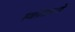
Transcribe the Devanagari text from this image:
स्वंतत्रपणे